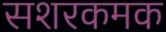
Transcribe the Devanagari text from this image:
सशरकमक